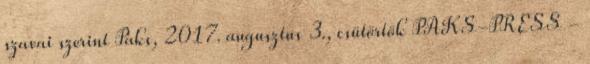
szavai szerint Paks, 2017. augusztus 3., csütörtök PAKS-PRESS -